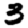
Digit: 3